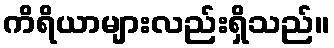
ကိရိယာများလည်းရှိသည်။